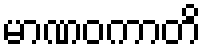
မာဏဝကာတိ